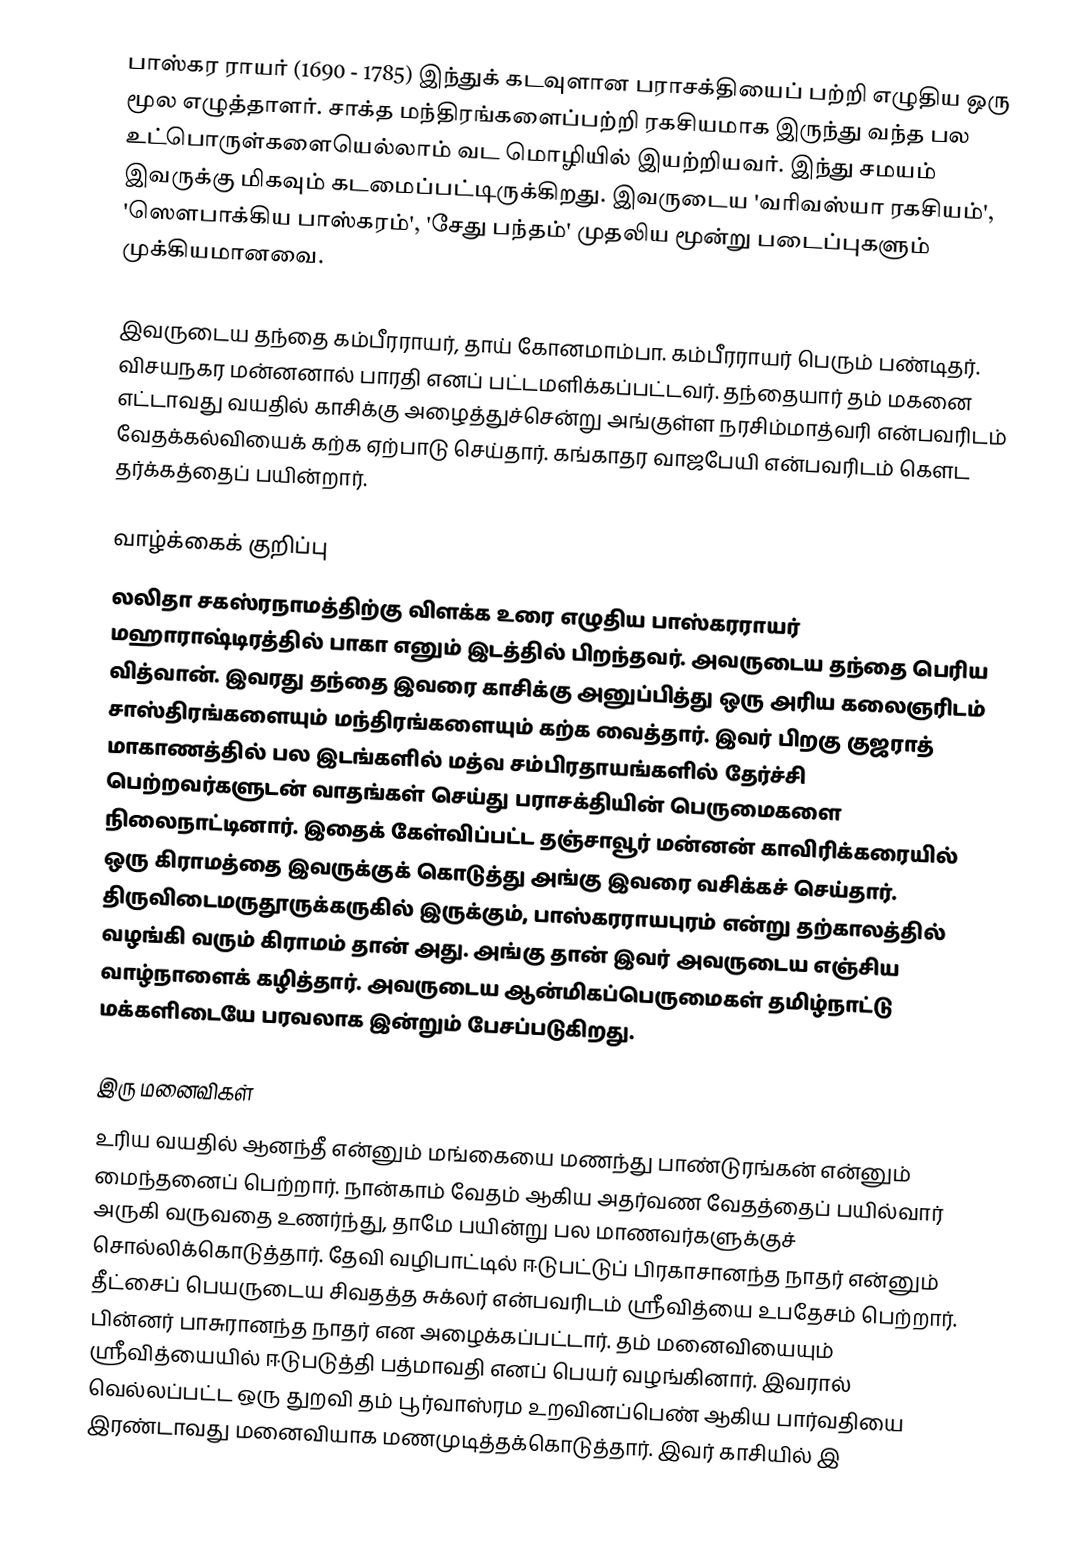
பாஸ்கர ராயர் (1690 - 1785)  இந்துக் கடவுளான பராசக்தியைப் பற்றி எழுதிய ஒரு மூல எழுத்தாளர். சாக்த மந்திரங்களைப்பற்றி ரகசியமாக இருந்து வந்த பல உட்பொருள்களையெல்லாம் வட மொழியில் இயற்றியவர். இந்து சமயம் இவருக்கு மிகவும் கடமைப்பட்டிருக்கிறது. இவருடைய 'வரிவஸ்யா ரகசியம்', 'ஸௌபாக்கிய பாஸ்கரம்', 'சேது பந்தம்' முதலிய மூன்று படைப்புகளும் முக்கியமானவை.

இவருடைய தந்தை கம்பீரராயர், தாய் கோனமாம்பா. கம்பீரராயர் பெரும் பண்டிதர். விசயநகர மன்னனால் பாரதி எனப் பட்டமளிக்கப்பட்டவர்.  தந்தையார் தம் மகனை எட்டாவது வயதில் காசிக்கு அழைத்துச்சென்று அங்குள்ள நரசிம்மாத்வரி என்பவரிடம் வேதக்கல்வியைக் கற்க ஏற்பாடு செய்தார். கங்காதர வாஜபேயி என்பவரிடம் கௌட தர்க்கத்தைப் பயின்றார்.

வாழ்க்கைக் குறிப்பு
லலிதா சகஸ்ரநாமத்திற்கு விளக்க உரை எழுதிய பாஸ்கரராயர் மஹாராஷ்டிரத்தில் பாகா  எனும் இடத்தில் பிறந்தவர். அவருடைய தந்தை பெரிய வித்வான். இவரது தந்தை இவரை காசிக்கு அனுப்பித்து ஒரு அரிய கலைஞரிடம் சாஸ்திரங்களையும் மந்திரங்களையும் கற்க வைத்தார்.  இவர் பிறகு குஜராத் மாகாணத்தில்  பல இடங்களில் மத்வ சம்பிரதாயங்களில் தேர்ச்சி பெற்றவர்களுடன் வாதங்கள் செய்து பராசக்தியின் பெருமைகளை நிலைநாட்டினார். இதைக் கேள்விப்பட்ட தஞ்சாவூர்  மன்னன் காவிரிக்கரையில் ஒரு கிராமத்தை இவருக்குக் கொடுத்து அங்கு இவரை வசிக்கச் செய்தார். திருவிடைமருதூருக்கருகில் இருக்கும், பாஸ்கரராயபுரம் என்று தற்காலத்தில் வழங்கி வரும் கிராமம் தான் அது. அங்கு தான் இவர் அவருடைய எஞ்சிய வாழ்நாளைக் கழித்தார். அவருடைய ஆன்மிகப்பெருமைகள் தமிழ்நாட்டு மக்களிடையே பரவலாக இன்றும் பேசப்படுகிறது.

இரு மனைவிகள்
உரிய வயதில் ஆனந்தீ என்னும் மங்கையை மணந்து பாண்டுரங்கன் என்னும் மைந்தனைப் பெற்றார். நான்காம் வேதம் ஆகிய அதர்வண வேதத்தைப் பயில்வார் அருகி வருவதை உணர்ந்து, தாமே பயின்று பல மாணவர்களுக்குச் சொல்லிக்கொடுத்தார். தேவி வழிபாட்டில் ஈடுபட்டுப் பிரகாசானந்த நாதர் என்னும் தீட்சைப் பெயருடைய சிவதத்த சுக்லர் என்பவரிடம் ஸ்ரீவித்யை உபதேசம் பெற்றார். பின்னர் பாசுரானந்த நாதர் என அழைக்கப்பட்டார். தம் மனைவியையும் ஸ்ரீவித்யையில் ஈடுபடுத்தி பத்மாவதி எனப் பெயர் வழங்கினார். இவரால் வெல்லப்பட்ட ஒரு துறவி தம் பூர்வாஸ்ரம உறவினப்பெண் ஆகிய பார்வதியை இரண்டாவது மனைவியாக மணமுடித்தக்கொடுத்தார். இவர் காசியில் இ